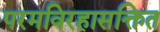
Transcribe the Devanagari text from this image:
परमविरहासक्तित